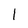
Character: 1